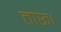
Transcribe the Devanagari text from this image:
तारू।